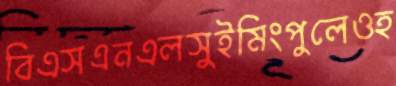
বিএসএনএলসুইমিংপুলেওহ